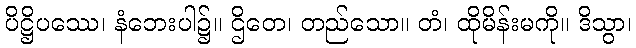
ပိဋ္ဌိပဿေ၊ နံဘေးပါ၌။ ဌိတေ၊ တည်သော။ တံ၊ ထိုမိန်းမကို။ ဒိသွာ၊